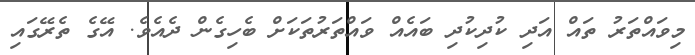
މިވައްތަރު ތައް އަދި ކުދިކުދި ބައެއް ވައްތަރުތަކަށް ބެހިގެން ދެއެވެ. އޭގެ ތެރޭގައި